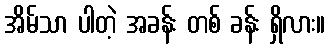
အိမ်သာ ပါတဲ့ အခန်း တစ် ခန်း ရှိလား။